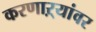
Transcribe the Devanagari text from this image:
करणाऱ्यांवर